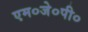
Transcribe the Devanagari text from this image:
एम०जे०पी०